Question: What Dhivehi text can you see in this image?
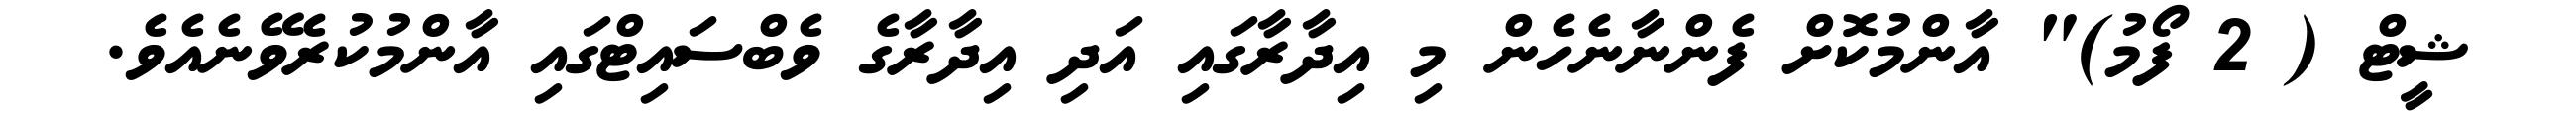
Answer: ޝީޓް ( 2 ފޯމު)" އާންމުކޮށް ފެންނާނެހެން މި އިދާރާގައި އަދި އިދާރާގެ ވެބްސައިޓްގައި އާންމުކުރެވޭނެއެވެ.